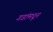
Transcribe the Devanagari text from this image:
गडांमधून